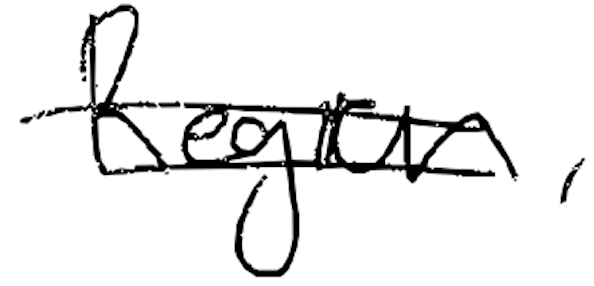
Text: Region,
Cross-out: double-line
Writing tool: digital_black